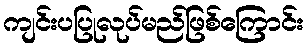
ကျင်းပပြုလုပ်မည်ဖြစ်ကြောင်း